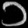
Digit: ၁